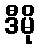
ဒီမို